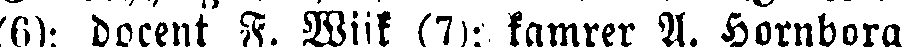
(6): docent F. Wiik (7); kamrer A. Hornborg